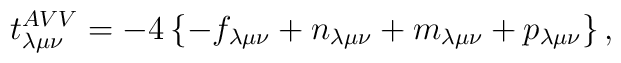
t_{\lambda \mu \nu }^{AVV}=-4\left\{ -f_{\lambda \mu \nu }+n_{\lambda \mu\nu }+m_{\lambda \mu \nu }+p_{\lambda \mu \nu }\right\} ,